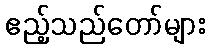
ဧည့်သည်တော်များ